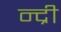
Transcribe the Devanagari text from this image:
न्द्री